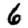
Digit: 6